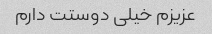
عزیزم خیلی دوستت دارم